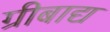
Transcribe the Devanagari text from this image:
ग्रीबाद्य